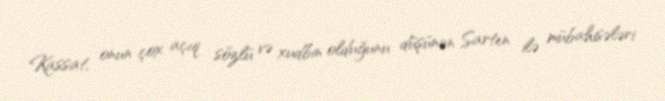
Kassat, onun çox açıq sözlü və xudbin olduğunu düşünən Sarten ilə mübahisələri